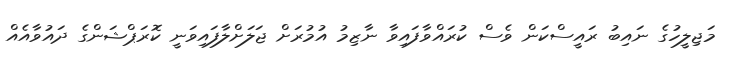
މަޖިލީހުގެ ނައިބު ރައީސްކަން ވެސް ކުރައްވާފައިވާ ނާޒިމު އުމުރަށް ޖަލަށްލާފައިވަނީ ކޮރަޕްޝަންގެ ދައުވާއެއް